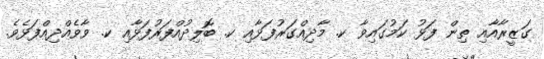
ގަޒީރާއާއި ތިން ފަޅު ކަމުގައިވާ ކ. މާދިއްގަރުފަޅާއި ކ. ބޮލިދުއްފަރުފަޅާއި ކ. ވާވެއްދިއްފަޅެވެ.